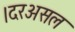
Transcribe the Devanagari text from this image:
।दरअसल